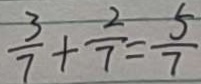
\frac { 3 } { 7 } + \frac { 2 } { 7 } = \frac { 5 } { 7 }